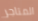
المتاجر